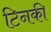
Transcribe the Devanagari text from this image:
टिनकी